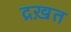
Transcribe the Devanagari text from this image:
द्रख़त